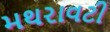
મથરાવટી